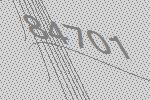
84701